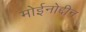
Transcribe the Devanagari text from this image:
मोईनोद्दीन